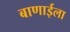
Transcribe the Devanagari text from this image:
बाणाईला